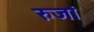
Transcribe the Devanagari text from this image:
रुजां